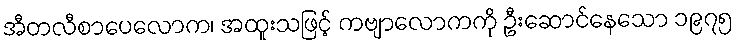
အီတလီစာပေလောက၊ အထူးသဖြင့် ကဗျာလောကကို ဦးဆောင်နေသော ၁၉၇၅